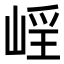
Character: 𡹑